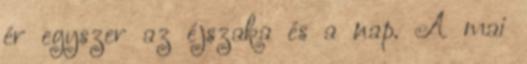
ér egyszer az éjszaka és a nap. A mai